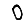
Digit: 0